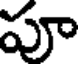
పూ